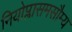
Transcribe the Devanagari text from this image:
नियोप्लासमसौम्य